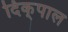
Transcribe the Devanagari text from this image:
दिक्‌पाल